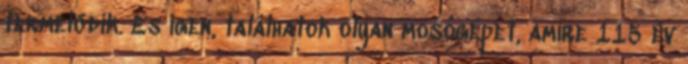
termelődik. És igen, találhatok olyan mosógépet, amire 115 év